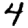
Digit: 4